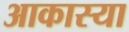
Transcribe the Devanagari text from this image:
आकास्या